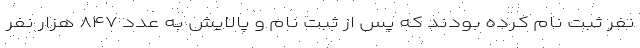
نفر ثبت نام کرده بودند که پس از ثبت نام و پالایش به عدد ۸۴۷ هزار نفر